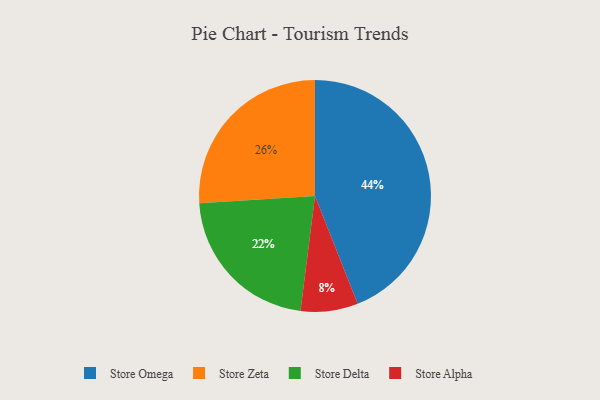
{"axis": {"x": "Category", "y": "Percentage"}, "legend": ["Store Alpha", "Store Delta", "Store Omega", "Store Zeta"], "data": [{"x": "Store Zeta", "y": 26, "type": "Store Zeta"}, {"x": "Store Delta", "y": 22, "type": "Store Delta"}, {"x": "Store Omega", "y": 44, "type": "Store Omega"}, {"x": "Store Alpha", "y": 8, "type": "Store Alpha"}]}